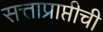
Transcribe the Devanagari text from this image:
सत्ताप्राप्तीची